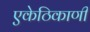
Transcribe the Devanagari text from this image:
एकेठिकाणी